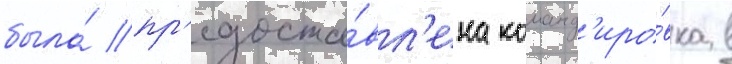
была́ пр'едоста́вл'ена команд'иро́вка в